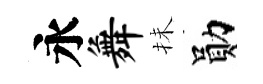
永舞抺勛